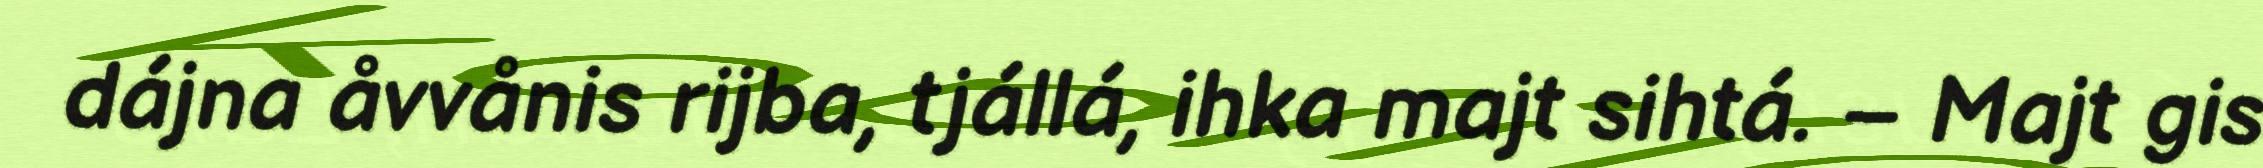
dájna åvvånis rijba, tjállá, ihka majt sihtá. – Majt gis